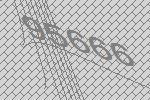
95666